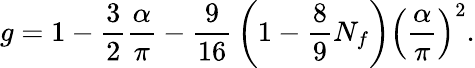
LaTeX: g=1-{\frac{3}{2}}{\frac{\alpha}{\pi}}-{\frac{9}{16}}\left(1-{\frac{8}{9}}N_{f}\right)\left({\frac{\alpha}{\pi}}\right)^{2}.